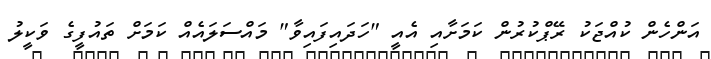
އަންހެން ކުއްޖަކު ރޭޕްކުރުން ކަމަށާއި އެއީ "ހަދައިފައިވާ" މައްސަލައެއް ކަމަށް ތައުފީގެ ވަކީލު